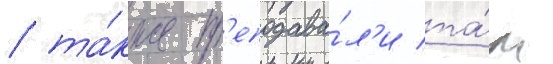
/ та́кже пр'еподава́л'и та́м